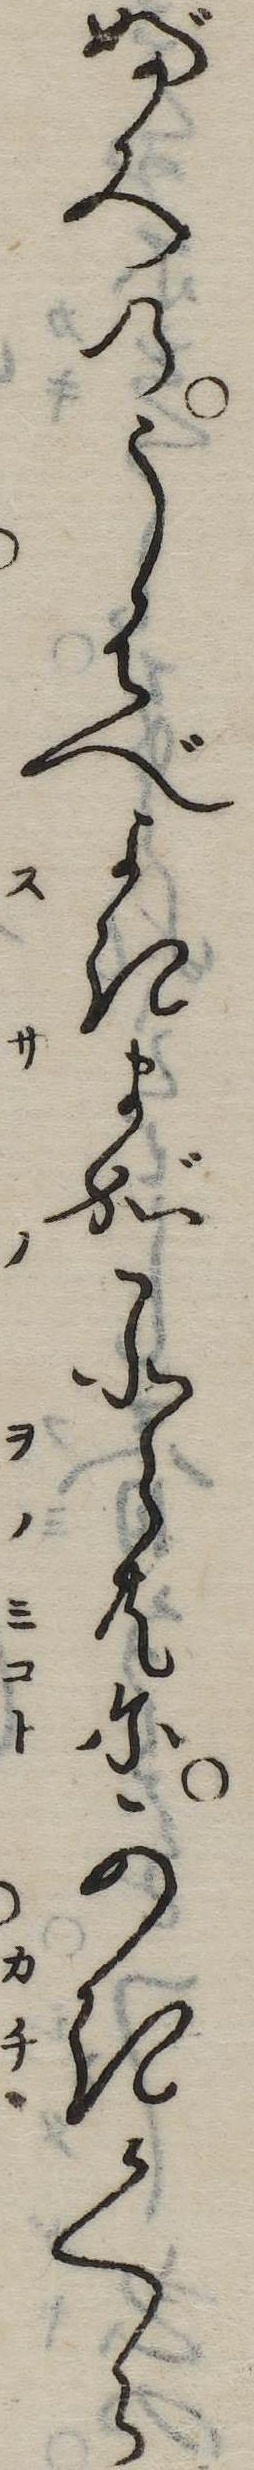
ぶみのうはべよきまがこと共にかきくら